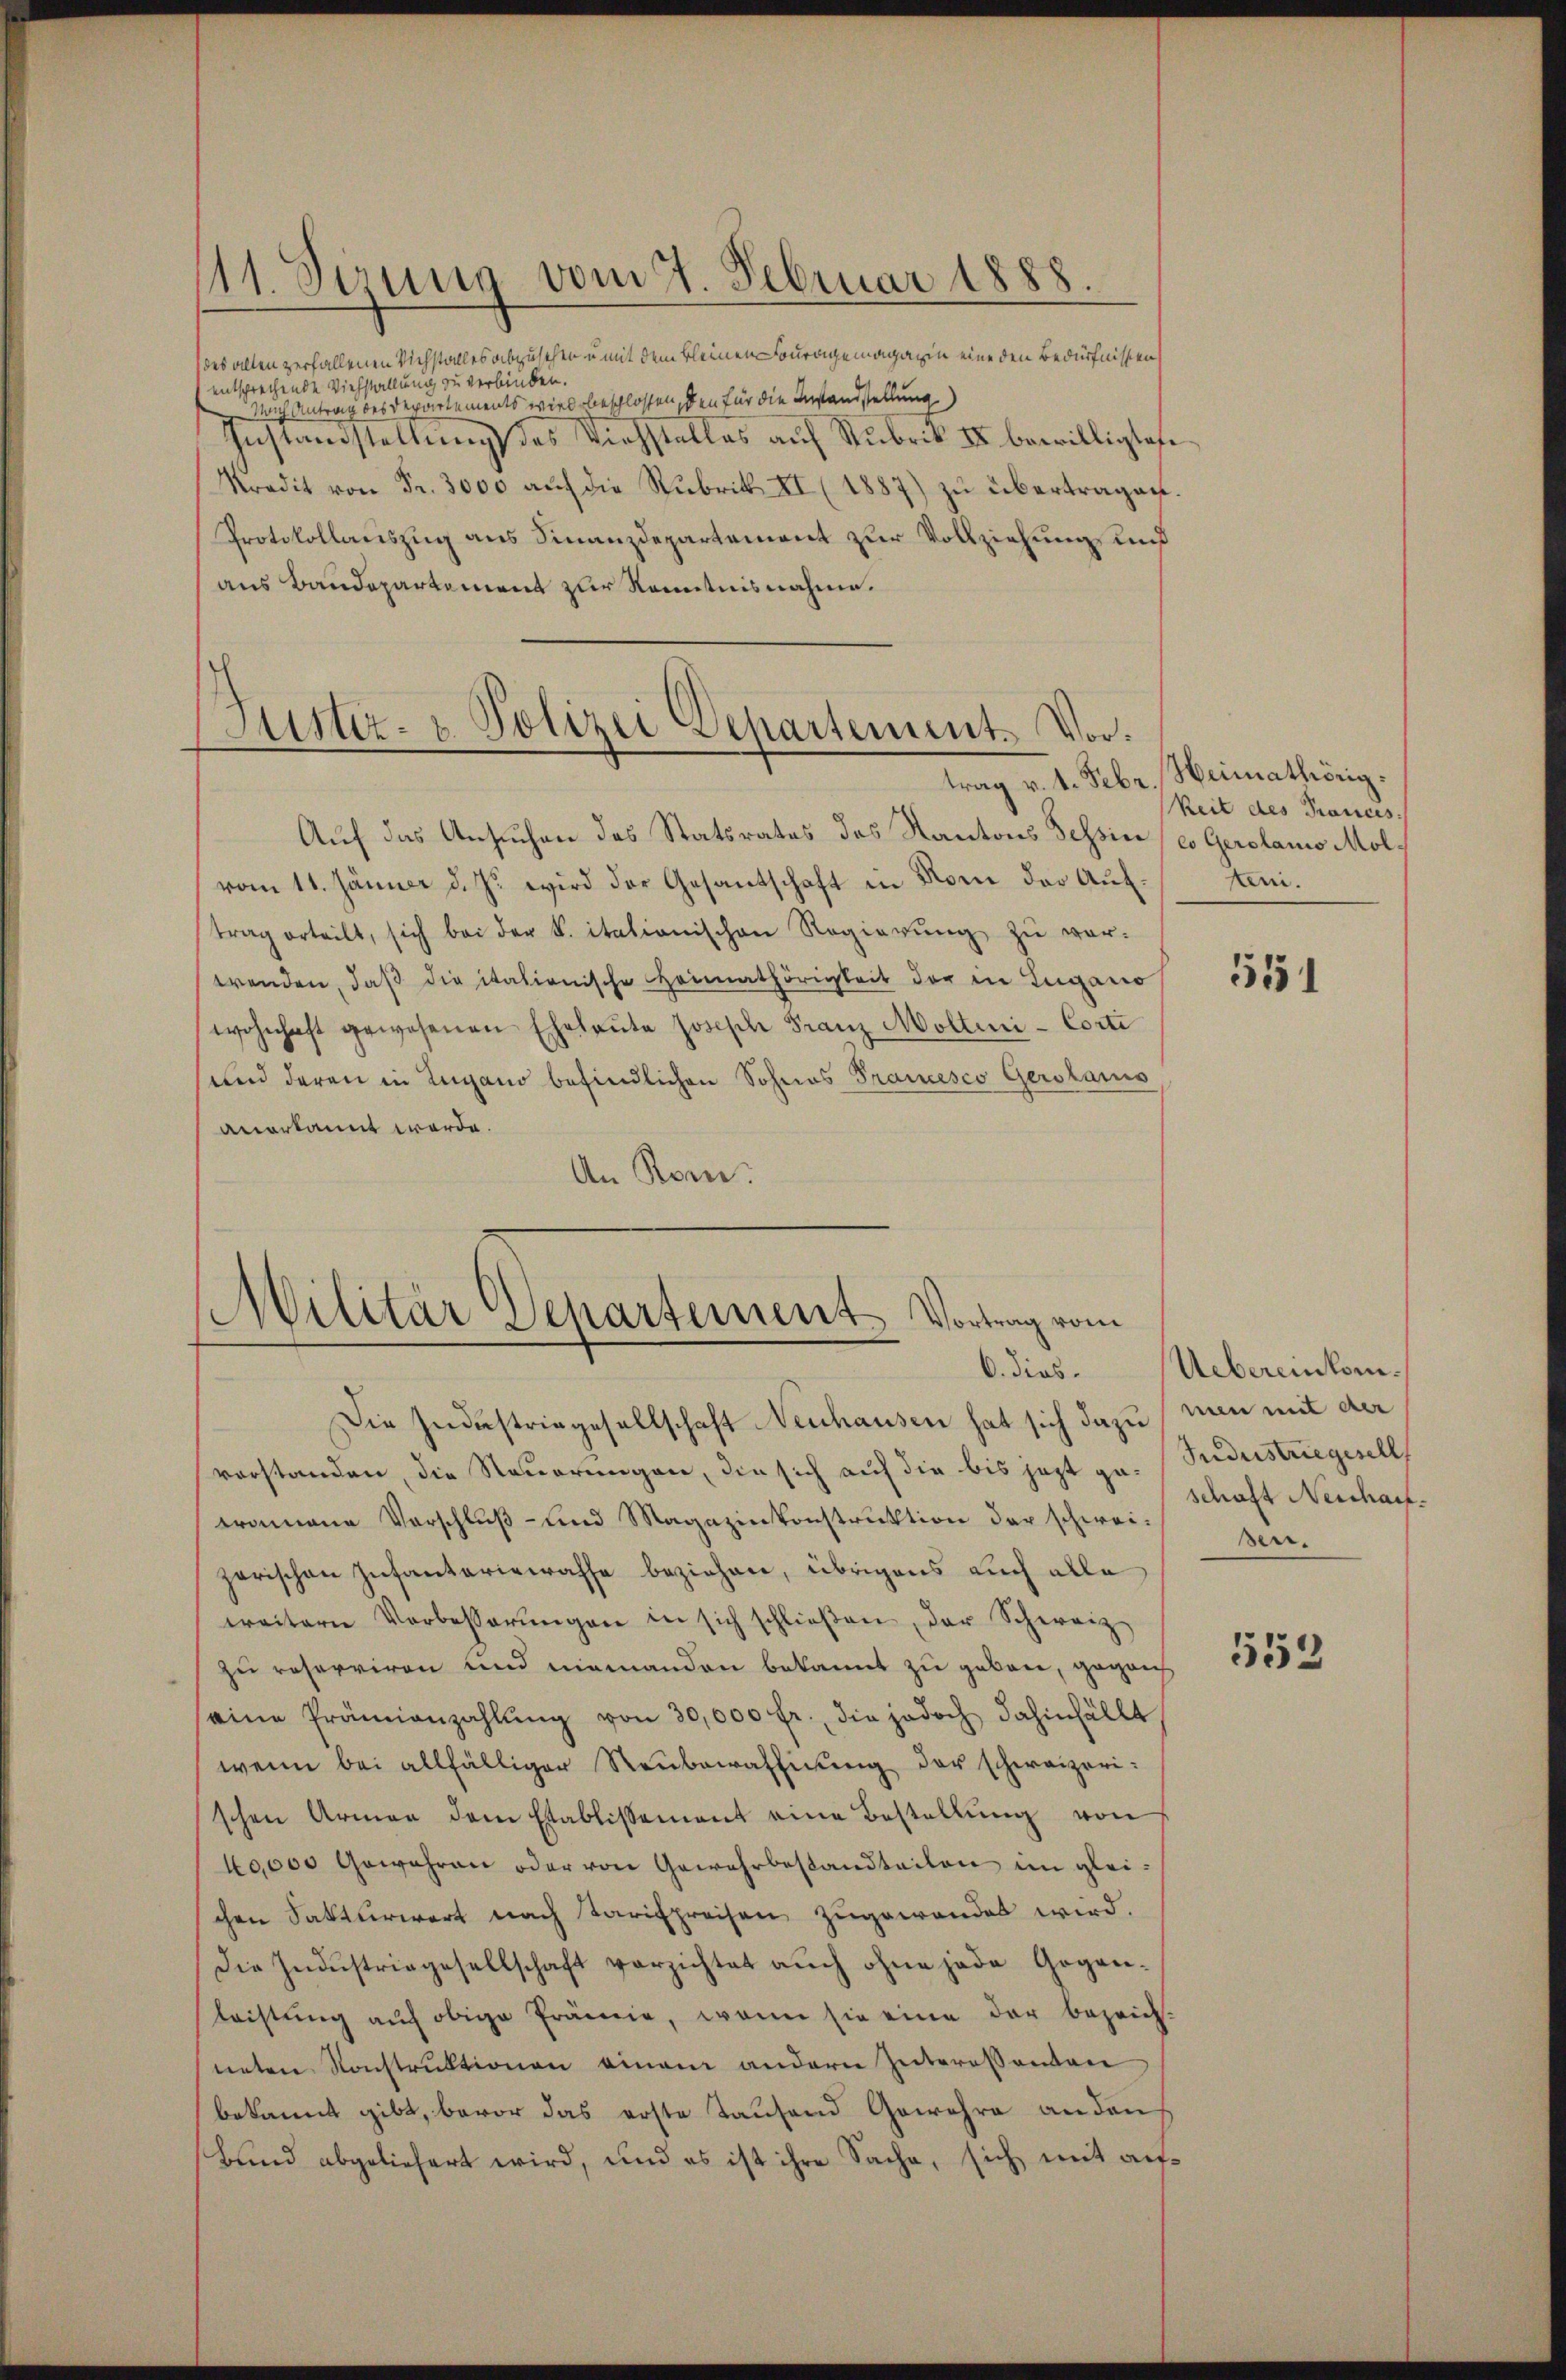
111. Jerus vom 7. Februar 1888

des allen zerfallenen Viehstalles abzusehen u mit dem kleinen Fouragemagazin eine den Bedürfnissen
entsprechende Viehställung zu verbinden.
Nach Antrag des Departements wird beschlossen, den für die Instandstellung
Gestamen erstellung des Viehstalles auf Subrik II. bewilligtete
Kredit von Fr. 3000 aŭf die Rubrik II (1887) zŭ übertragen.
Protokollauszug aus Finanzdepartement zur Vollziehung und
aus Baudepartement zur Kenntnisnahme.

Justiz- u. Polizei Departement. Vor¬

Militär Departement Vortrag vom
6. dies.

Auf das Ansuchen des Statsrates das Kantons Tessin eo Gerolanio Mol
vom 11. Jänner d. J. wird der Gesantschaft in Nom der Auf tenitrag erteilt, sich bei der S. itationischen Regierŭng zŭ ver-
wenden, daß die itationische Heimathörigkeit der in Lugano
wohnhaft gewesenen Eheleute Josische Franz Moltini-Corti
und deren in Lugano befindlichen Sohnes Francesco Gerstans,
anerkannt werde.
An Rom.

Die Industriegesellschaft Neuhausen hat sich dazu man mit der
vorstanden, die Steuerungen, die sich auf die bis jezt ge- Sudustriegesell
tromane Vorschluß- und Magazinkonstruktion der schweizerischen Infantaristraffe beziehen, übrigens auch alle
weitern Verbesserŭngen in sich schlieβen, der Schweiz
zu reserviren und niemanden bekannt zu geben, gegens
seine Prämianzahlŭng von 30,000 fr., die jedoch dahinfällt
wenn bei allfälliger Neubewaffnung der schweizerischen Armen dem Etablissement eine Bestellŭng von
40,000 Gewähren oder von Gewehrbestandteilen im glei-
chen Sakturwert nach Tarifpreisen zugewandet wird.
Die Indŭstriegesellschaft verzichtet auch ohne jede Gegen-
leistung auf obige Prämie, wenn sie eine der bezeich-
neten Konstruktionen einem andern Interessanten
bekannt gibt, bevor das erste Tausend Gewehre anden
Bund abgeliefert wird, und es ist ihre Sache, sich mit auf¬

trag v. 1. Febr. Heimathörig.
keit des Prances.

551

Uebereinkomschaft Neucharfsen.

553